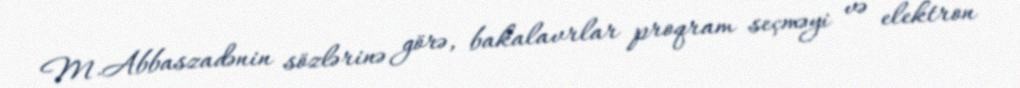
M.Abbaszadənin sözlərinə görə, bakalavrlar proqram seçməyi və elektron